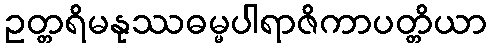
ဥတ္တရိမနုဿဓမ္မပါရာဇိကာပတ္တိယာ